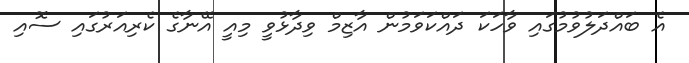
އެ ބައްދަލުވުމުގައި ވާހަކަ ދައްކަވަމުން އާޒިމް ވިދާޅުވީ މިއީ އޭނާގެ ކެރިއަރުގައި ސޮއި